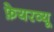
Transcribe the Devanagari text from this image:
फ़ेयरव्यू